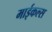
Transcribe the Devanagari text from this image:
माईकल्स